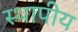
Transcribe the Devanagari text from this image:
स्थापीय